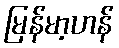
မြန်မာ့ဟန်